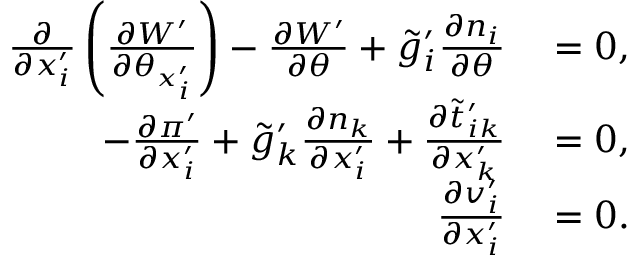
\begin{array} { r l } { \frac { \partial } { \partial x _ { i } ^ { \prime } } \left( \frac { \partial W ^ { \prime } } { \partial \theta _ { x _ { i } ^ { \prime } } } \right) - \frac { \partial W ^ { \prime } } { \partial \theta } + \tilde { g } _ { i } ^ { \prime } \frac { \partial n _ { i } } { \partial \theta } } & { { } = 0 , } \\ { - \frac { \partial \pi ^ { \prime } } { \partial x _ { i } ^ { \prime } } + \tilde { g } _ { k } ^ { \prime } \frac { \partial n _ { k } } { \partial x _ { i } ^ { \prime } } + \frac { \partial \tilde { t } _ { i k } ^ { \prime } } { \partial x _ { k } ^ { \prime } } } & { { } = 0 , } \\ { \frac { \partial v _ { i } ^ { \prime } } { \partial x _ { i } ^ { \prime } } } & { { } = 0 . } \end{array}